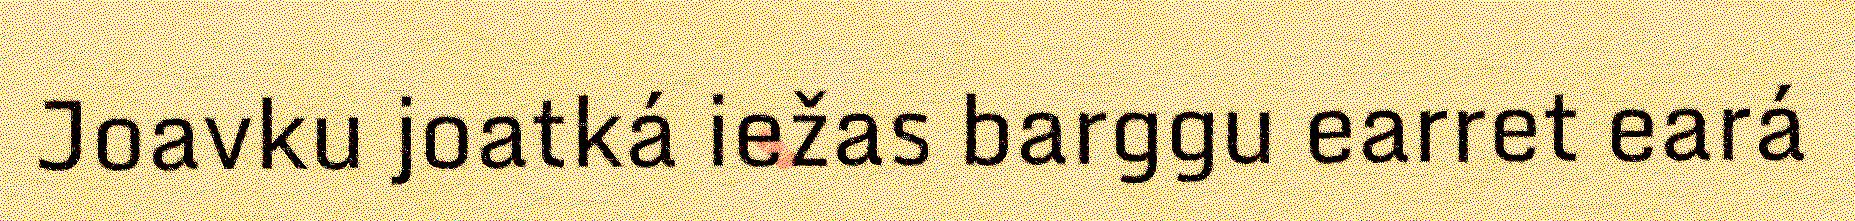
Joavku joatká iežas barggu earret eará